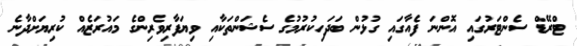
ޓްރޭޑް ސެންޓަރުގައި އޮންނަ ފެއާގައި ގުޅުން ބަދަހިކުރުމުގެ ސެޝަންތަކާއި ވިޔަފާރިވެރިންގެ މައުރަޒެއް ކުރިޔަށްދާނެ